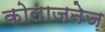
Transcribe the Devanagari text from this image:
कोलाजनेज़